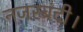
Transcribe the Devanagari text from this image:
नजरबंदी।